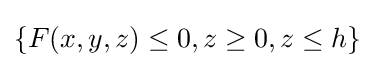
\{F(x,y,z)\leq 0,z\geq 0,z\leq h\}